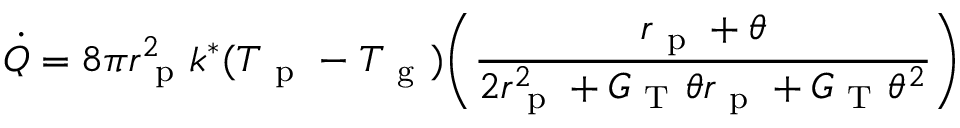
\dot { Q } = 8 \pi r _ { \mathrm { ~ p ~ } } ^ { 2 } k ^ { * } ( T _ { \mathrm { ~ p ~ } } - T _ { \mathrm { ~ g ~ } } ) \bigg ( \frac { r _ { \mathrm { ~ p ~ } } + \theta } { 2 r _ { \mathrm { ~ p ~ } } ^ { 2 } + G _ { \mathrm { ~ T ~ } } \theta r _ { \mathrm { ~ p ~ } } + G _ { \mathrm { ~ T ~ } } \theta ^ { 2 } } \bigg )